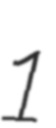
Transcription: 1